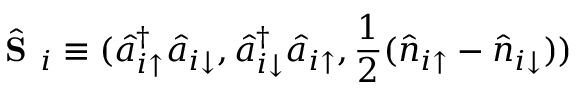
\hat { \textbf { S } } _ { i } \equiv ( \hat { a } _ { i \uparrow } ^ { \dagger } \hat { a } _ { i \downarrow } , \hat { a } _ { i \downarrow } ^ { \dagger } \hat { a } _ { i \uparrow } , \frac { 1 } { 2 } ( \hat { n } _ { i \uparrow } - \hat { n } _ { i \downarrow } ) )